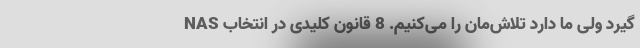
گیرد ولی ما دارد تلاش‌مان را می‌کنیم. 8 قانون کلیدی در انتخاب NAS